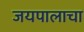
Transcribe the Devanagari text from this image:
जयपालाचा